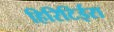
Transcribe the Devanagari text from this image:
हिरिटिईरा